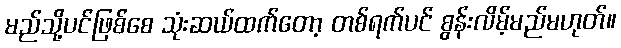
မည်သို့ပင်ဖြစ်စေ သုံးဆယ်ထက်တော့ တစ်ရက်ပင် စွန်းလိမ့်မည်မဟုတ်။